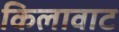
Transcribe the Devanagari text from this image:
किलावाट